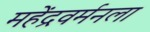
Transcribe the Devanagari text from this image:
महेंद्रवर्मनला